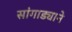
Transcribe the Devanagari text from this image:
सांगाड्याने